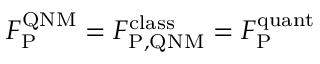
F _ { \mathrm { P } } ^ { \mathrm { Q N M } } = F _ { \mathrm { P , Q N M } } ^ { \mathrm { c l a s s } } = F _ { \mathrm { P } } ^ { \mathrm { q u a n t } }